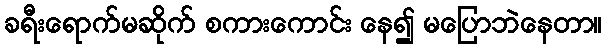
ခရီးရောက်မဆိုက် စကားကောင်း နေ၍ မပြောဘဲနေတာ။